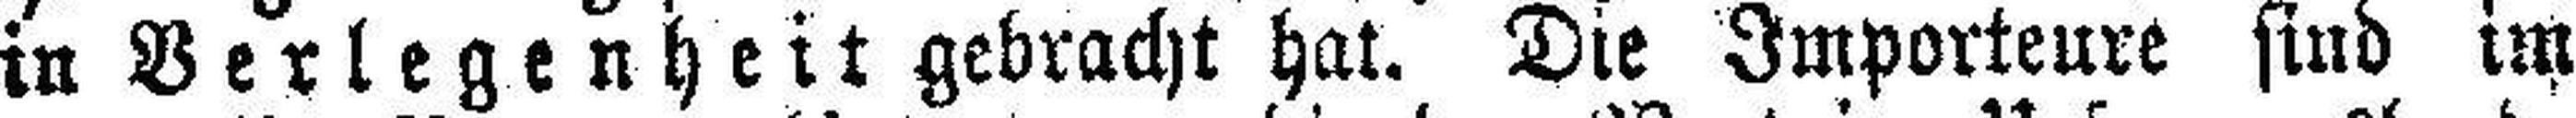
in Verlegenheit gebracht hat. Die Importeure sind im